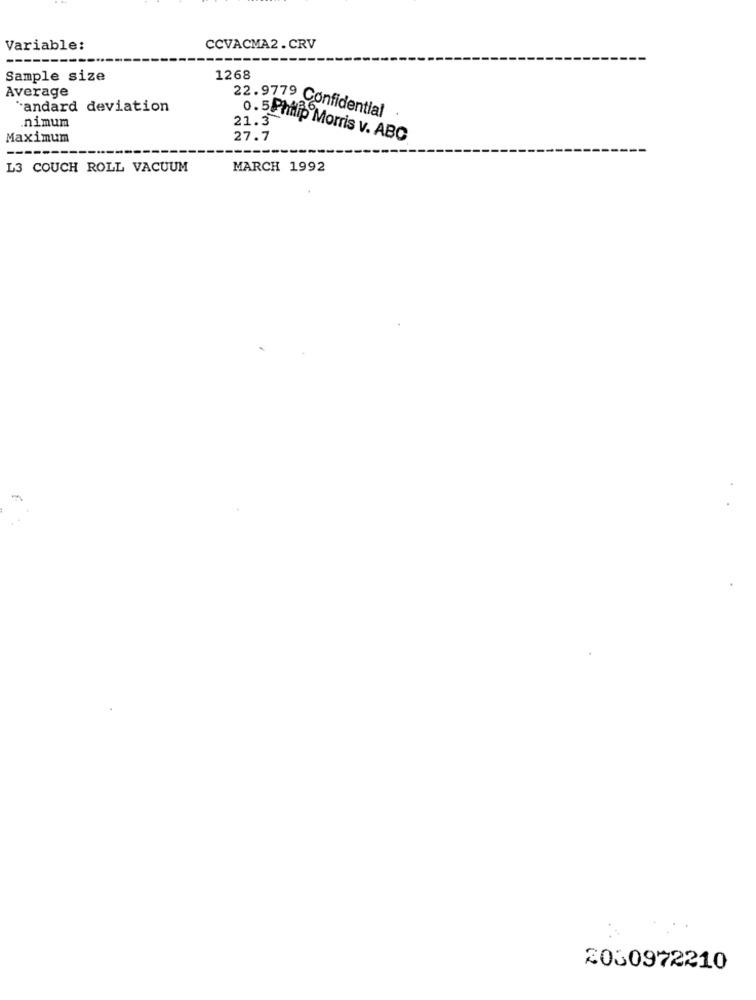
Variable:
CCVACMA2.CRV
Sample size
1268
Average
'andard deviation
22.9779 Confidential
.nimum
21.3
Maximum
27.7
0.5Philip Morris v. ABC
L3 COUCH ROLL VACUUM
MARCH 1992
2030972210